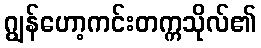
ဂျွန်ဟော့ကင်းတက္ကသိုလ်၏